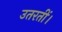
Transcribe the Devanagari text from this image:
उतरतीं।